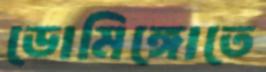
ডোমিঙ্গোতে